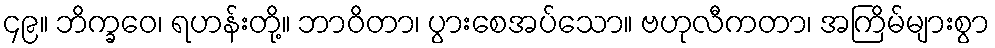
၄၉။ ဘိက္ခဝေ၊ ရဟန်းတို့။ ဘာဝိတာ၊ ပွားစေအပ်သော။ ဗဟုလီကတာ၊ အကြိမ်များစွာ